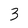
Character: 3